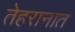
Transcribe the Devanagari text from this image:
तेहरानात